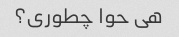
هی حوا چطوری؟